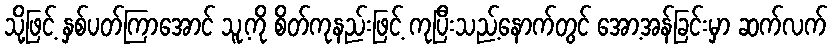
သို့ဖြင့် နှစ်ပတ်ကြာအောင် သူ့ကို စိတ်ကုနည်းဖြင့် ကုပြီးသည့်နောက်တွင် အော့အန်ခြင်းမှာ ဆက်လက်